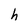
Character: h